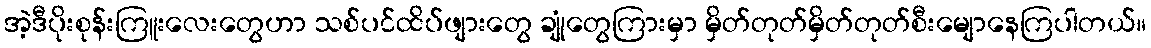
အဲ့ဒီပိုးစုန်းကြူးလေးတွေဟာ သစ်ပင်ထိပ်ဖျားတွေ ချုံတွေကြားမှာ မှိတ်တုတ်မှိတ်တုတ်စီးမျောနေကြပါတယ်။